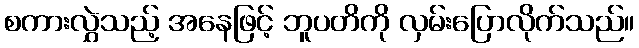
စကားလွှဲသည့် အနေဖြင့် ဘူပတိကို လှမ်းပြောလိုက်သည်။